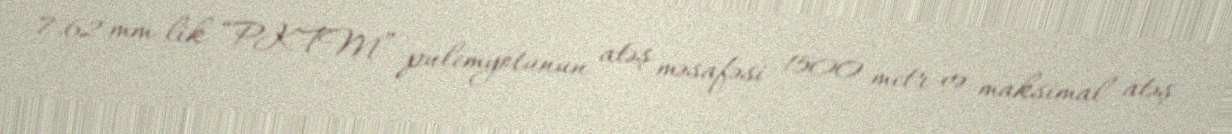
7.62 mm-lik “PKTM” pulemyotunun atəş məsafəsi 1500 metr və maksimal atəş